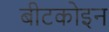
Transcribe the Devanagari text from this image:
बीटकोइन